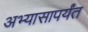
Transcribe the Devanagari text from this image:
अभ्यासापर्यंत